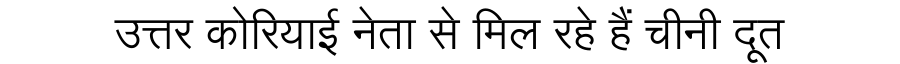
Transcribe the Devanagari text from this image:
उत्तर कोरियाई नेता से मिल रहे हैं चीनी दूत